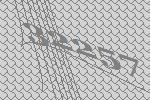
32257